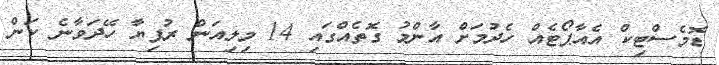
ޑޮމެސްޓިކް އެއާޕޯޓެއް ހެދުމަށް އާންމު ގޮތެއްގައި 14 މިިލިއަން ރުފިޔާ ހޭދަވާނެ ކަން